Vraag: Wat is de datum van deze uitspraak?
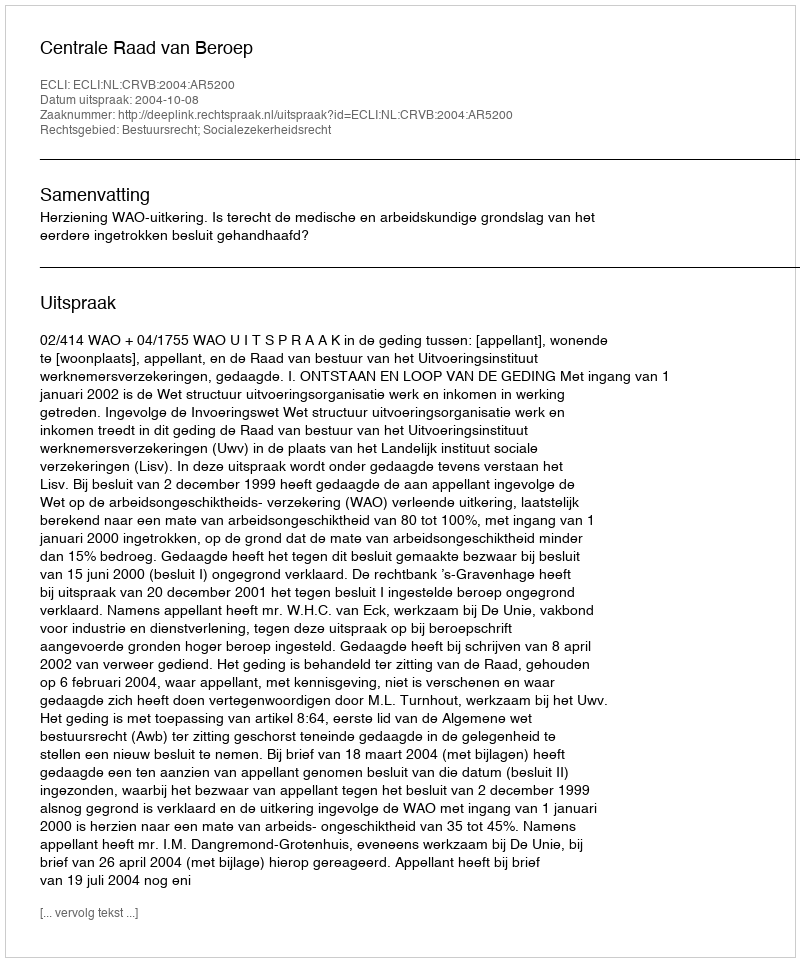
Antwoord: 2004-10-08